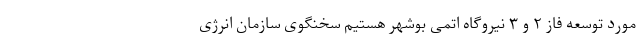
مورد توسعه فاز ۲ و ۳ نیروگاه اتمی بوشهر هستیم سخنگوی سازمان انرژی